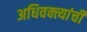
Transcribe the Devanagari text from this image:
अधिवक्त्यांची